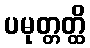
ပမုတ္တတ္ထိ